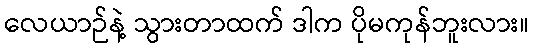
လေယာဉ်နဲ့ သွားတာထက် ဒါက ပိုမကုန်ဘူးလား။